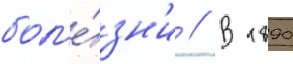
бол'е́зн'и // В 1890